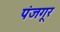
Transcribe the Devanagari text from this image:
पंजगूर